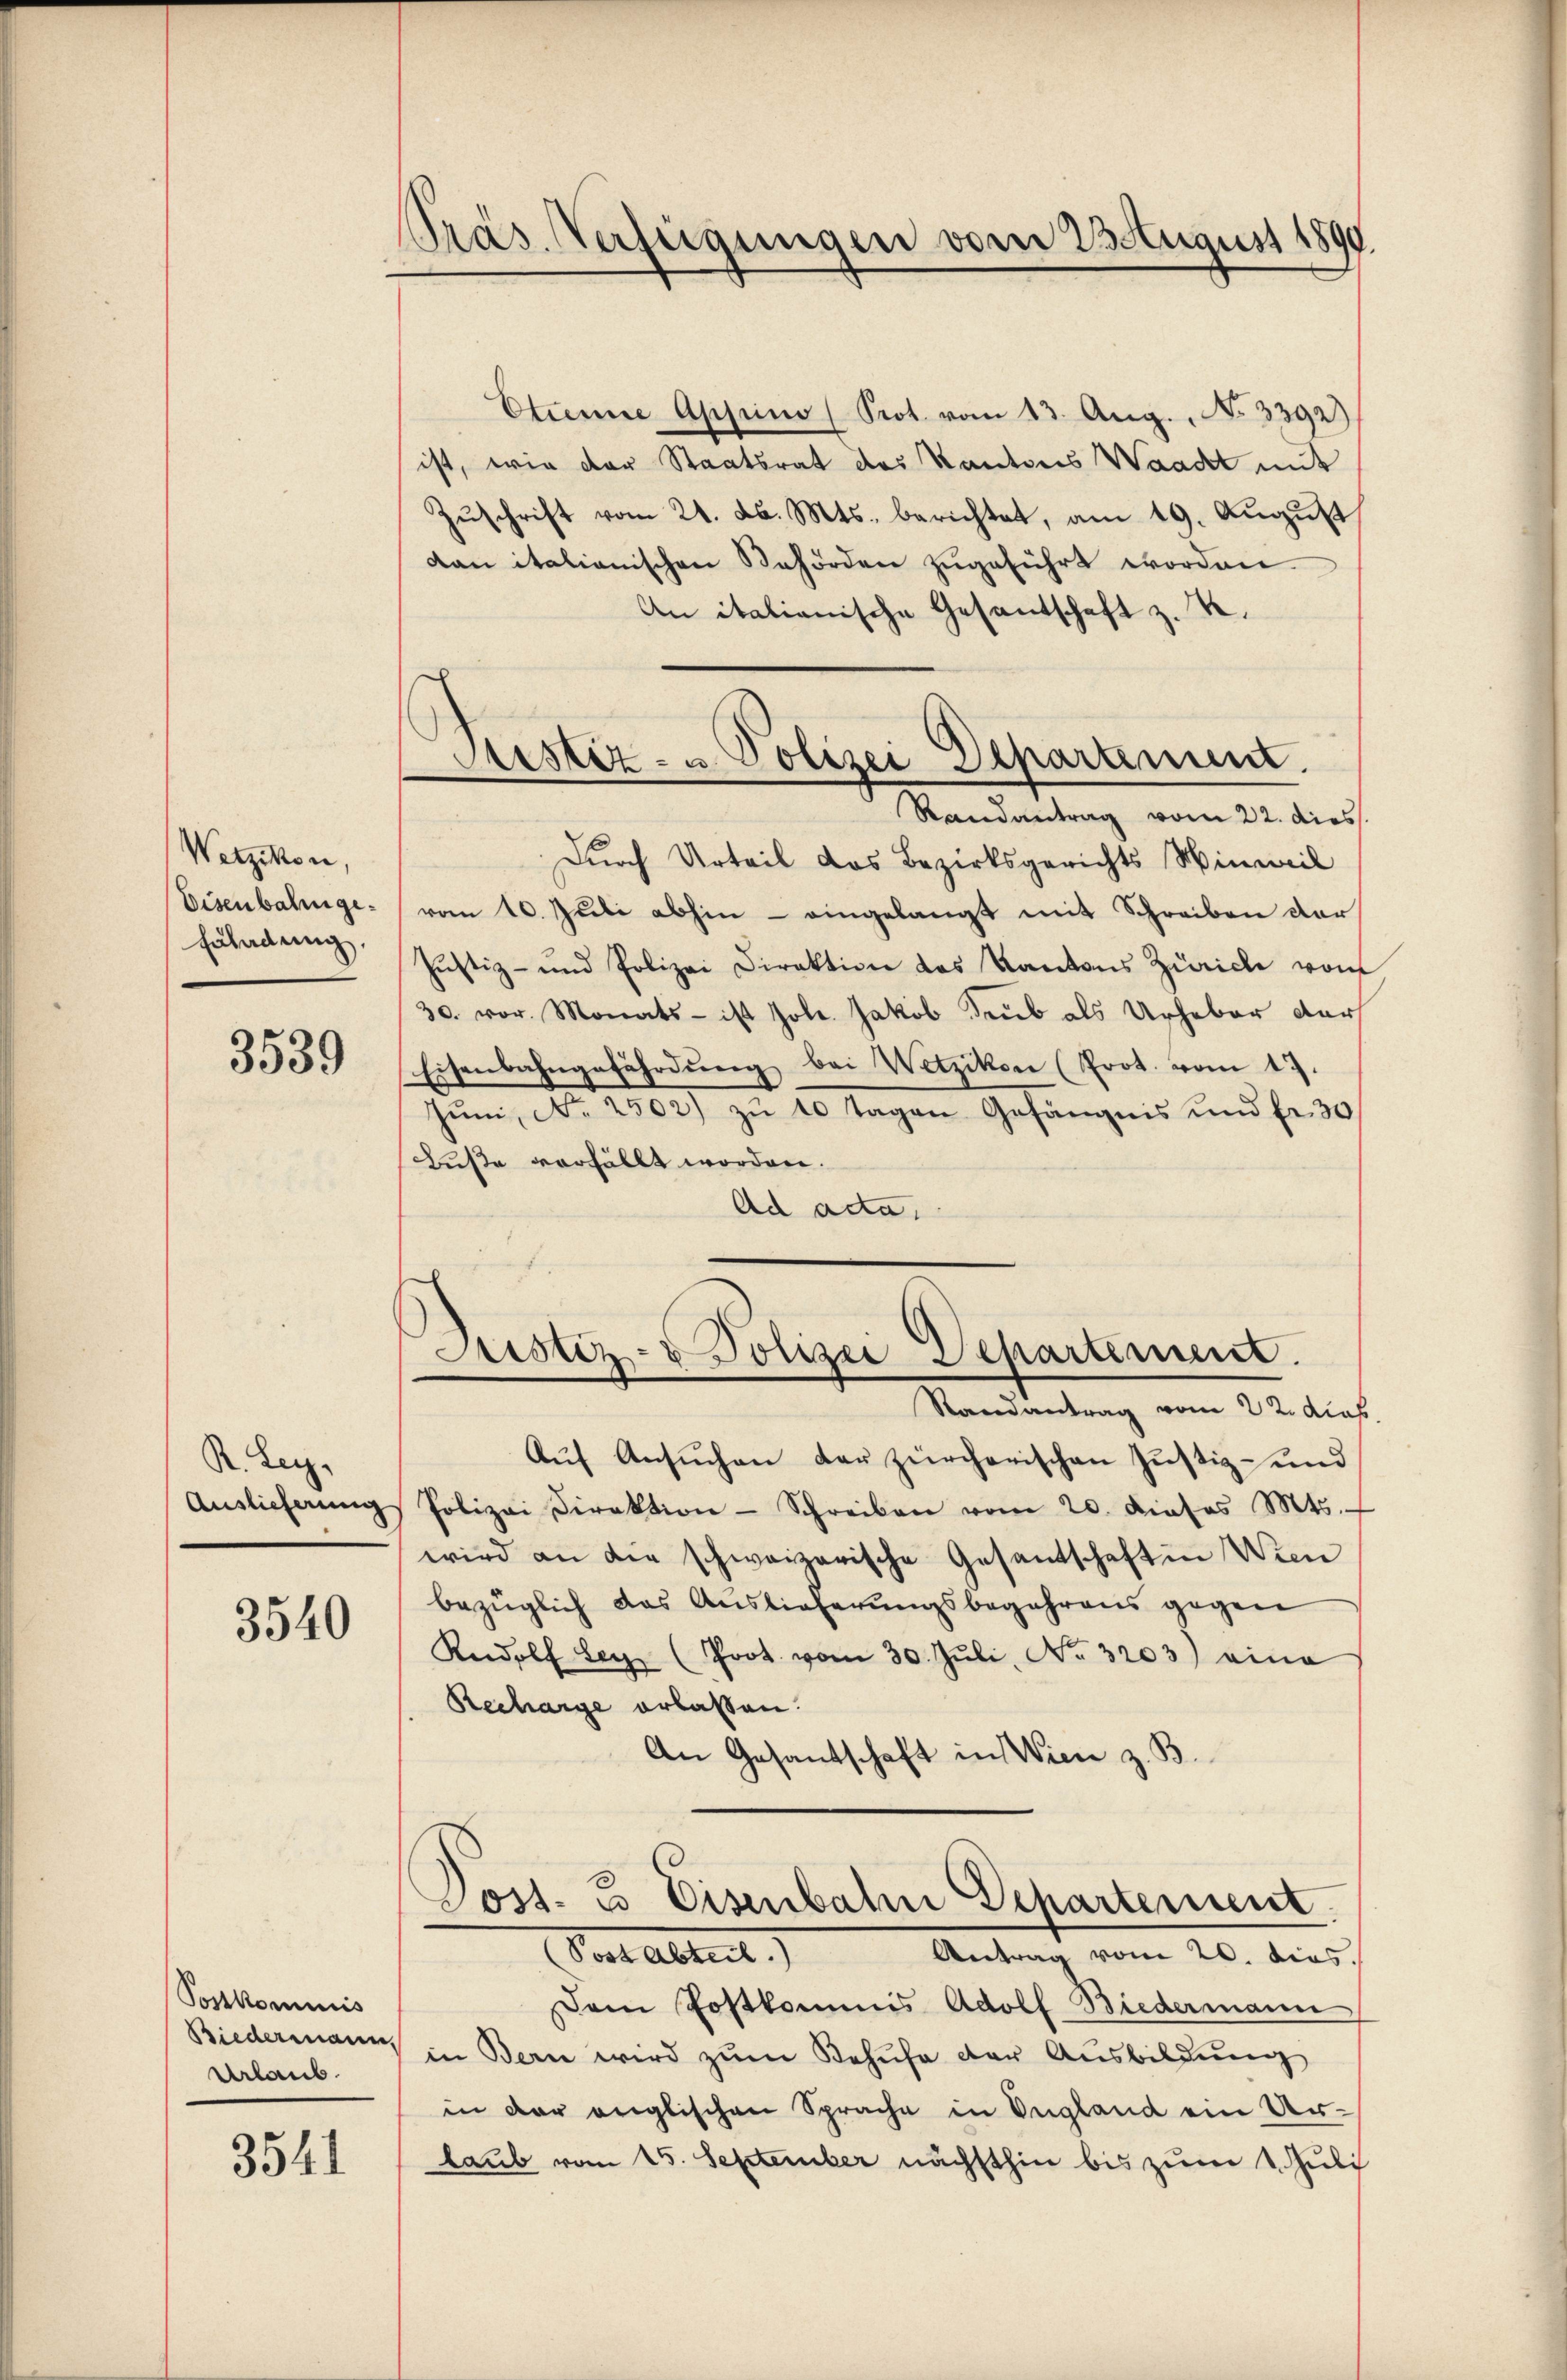
Wetzikon,
Eisenbahnge¬
Erladung.

3539

R. Rec
Auslieferung

3540

Postkommis
Urlaub.

3541

Pras. Verfügungen vom 23 August 1890.

Etienne Apprino (Prot. vom 13. Aŭg., No. 3392)
ist, wie der Staatsrat des Kantons Waadt mit
Zŭschrift vom 21. d. Mts. berichtet, am 19. August,
dan italianischen Behörden zugeführt worden.
An italianische Gesantschaft z. K.
Randantrag vom 22. dies
Durch Urteil das Bezirksgerichts Hinweil
vom 10. Juli abhin - eingelangt mit Schreiben der
Jŭstiz- und Polizei Direktion des Kantons Zürich vom
30. vor. Monats - ist Joh. Jakob Trub als Urheber dur
Eisenbahngefährdŭng bei Wetzikon (Prot. vom 17.
Juni, No 2502) zu 10 Tagen Gefängnis und fr. 30
Buße verfällt worden.
Ad acta.
Justiz- & Polizei Departement.
Randantrag vom 22. das
Aŭf Ansŭchen der zürcherischen Justiz- und
Polizei Direktion Schreiben vom 20. dieses Mts.
wird an die schweizerische Gesandschaft in Wien
bezüglich das Auslieferungsbegehrens gegen
Rudolf Ley (Prot. vom 30. Jŭli, No. 3203) eine
Recharge erlassen.
An Gesantschaft in Wien z. B.
Dos. E. Eisenbahn Departement.
Antrag vom 20. dies.
Vor Altert
Dem Postkommis Adolf Biedermann
Biedermann in Bern wird zŭm Behufe der Ausbildung
in der englischen Sprache in England ein Ur-
laub vom 15. September nächsthin bis zum 1. Juli

Justiz- u. Polizei Departement.